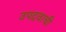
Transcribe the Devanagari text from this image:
उपद्रवाची